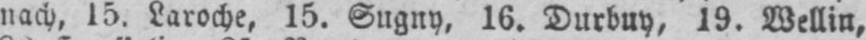
nach, 15. Laroche, 15. Sugny, 16. Durbuy, 19. Wellin,